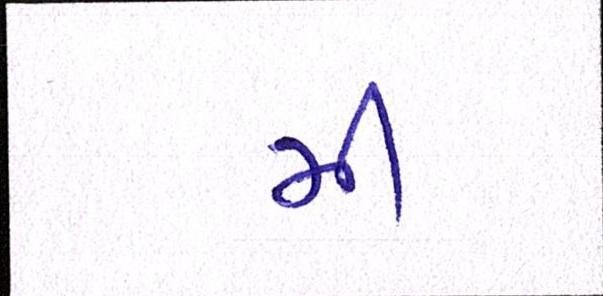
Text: મી